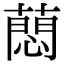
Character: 蕄